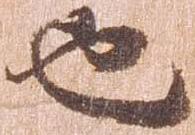
也